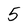
Character: 5